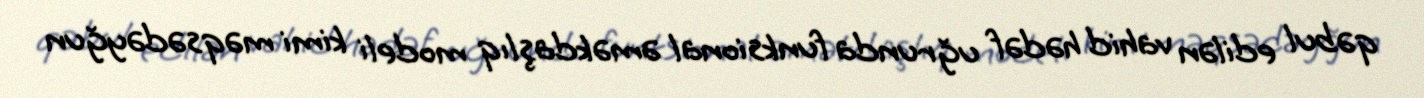
qəbul edilən vahid hədəf uğrunda funksional əməkdaşlıq modeli kimi məqsədəyğun